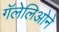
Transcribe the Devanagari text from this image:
गॅलेलिओने